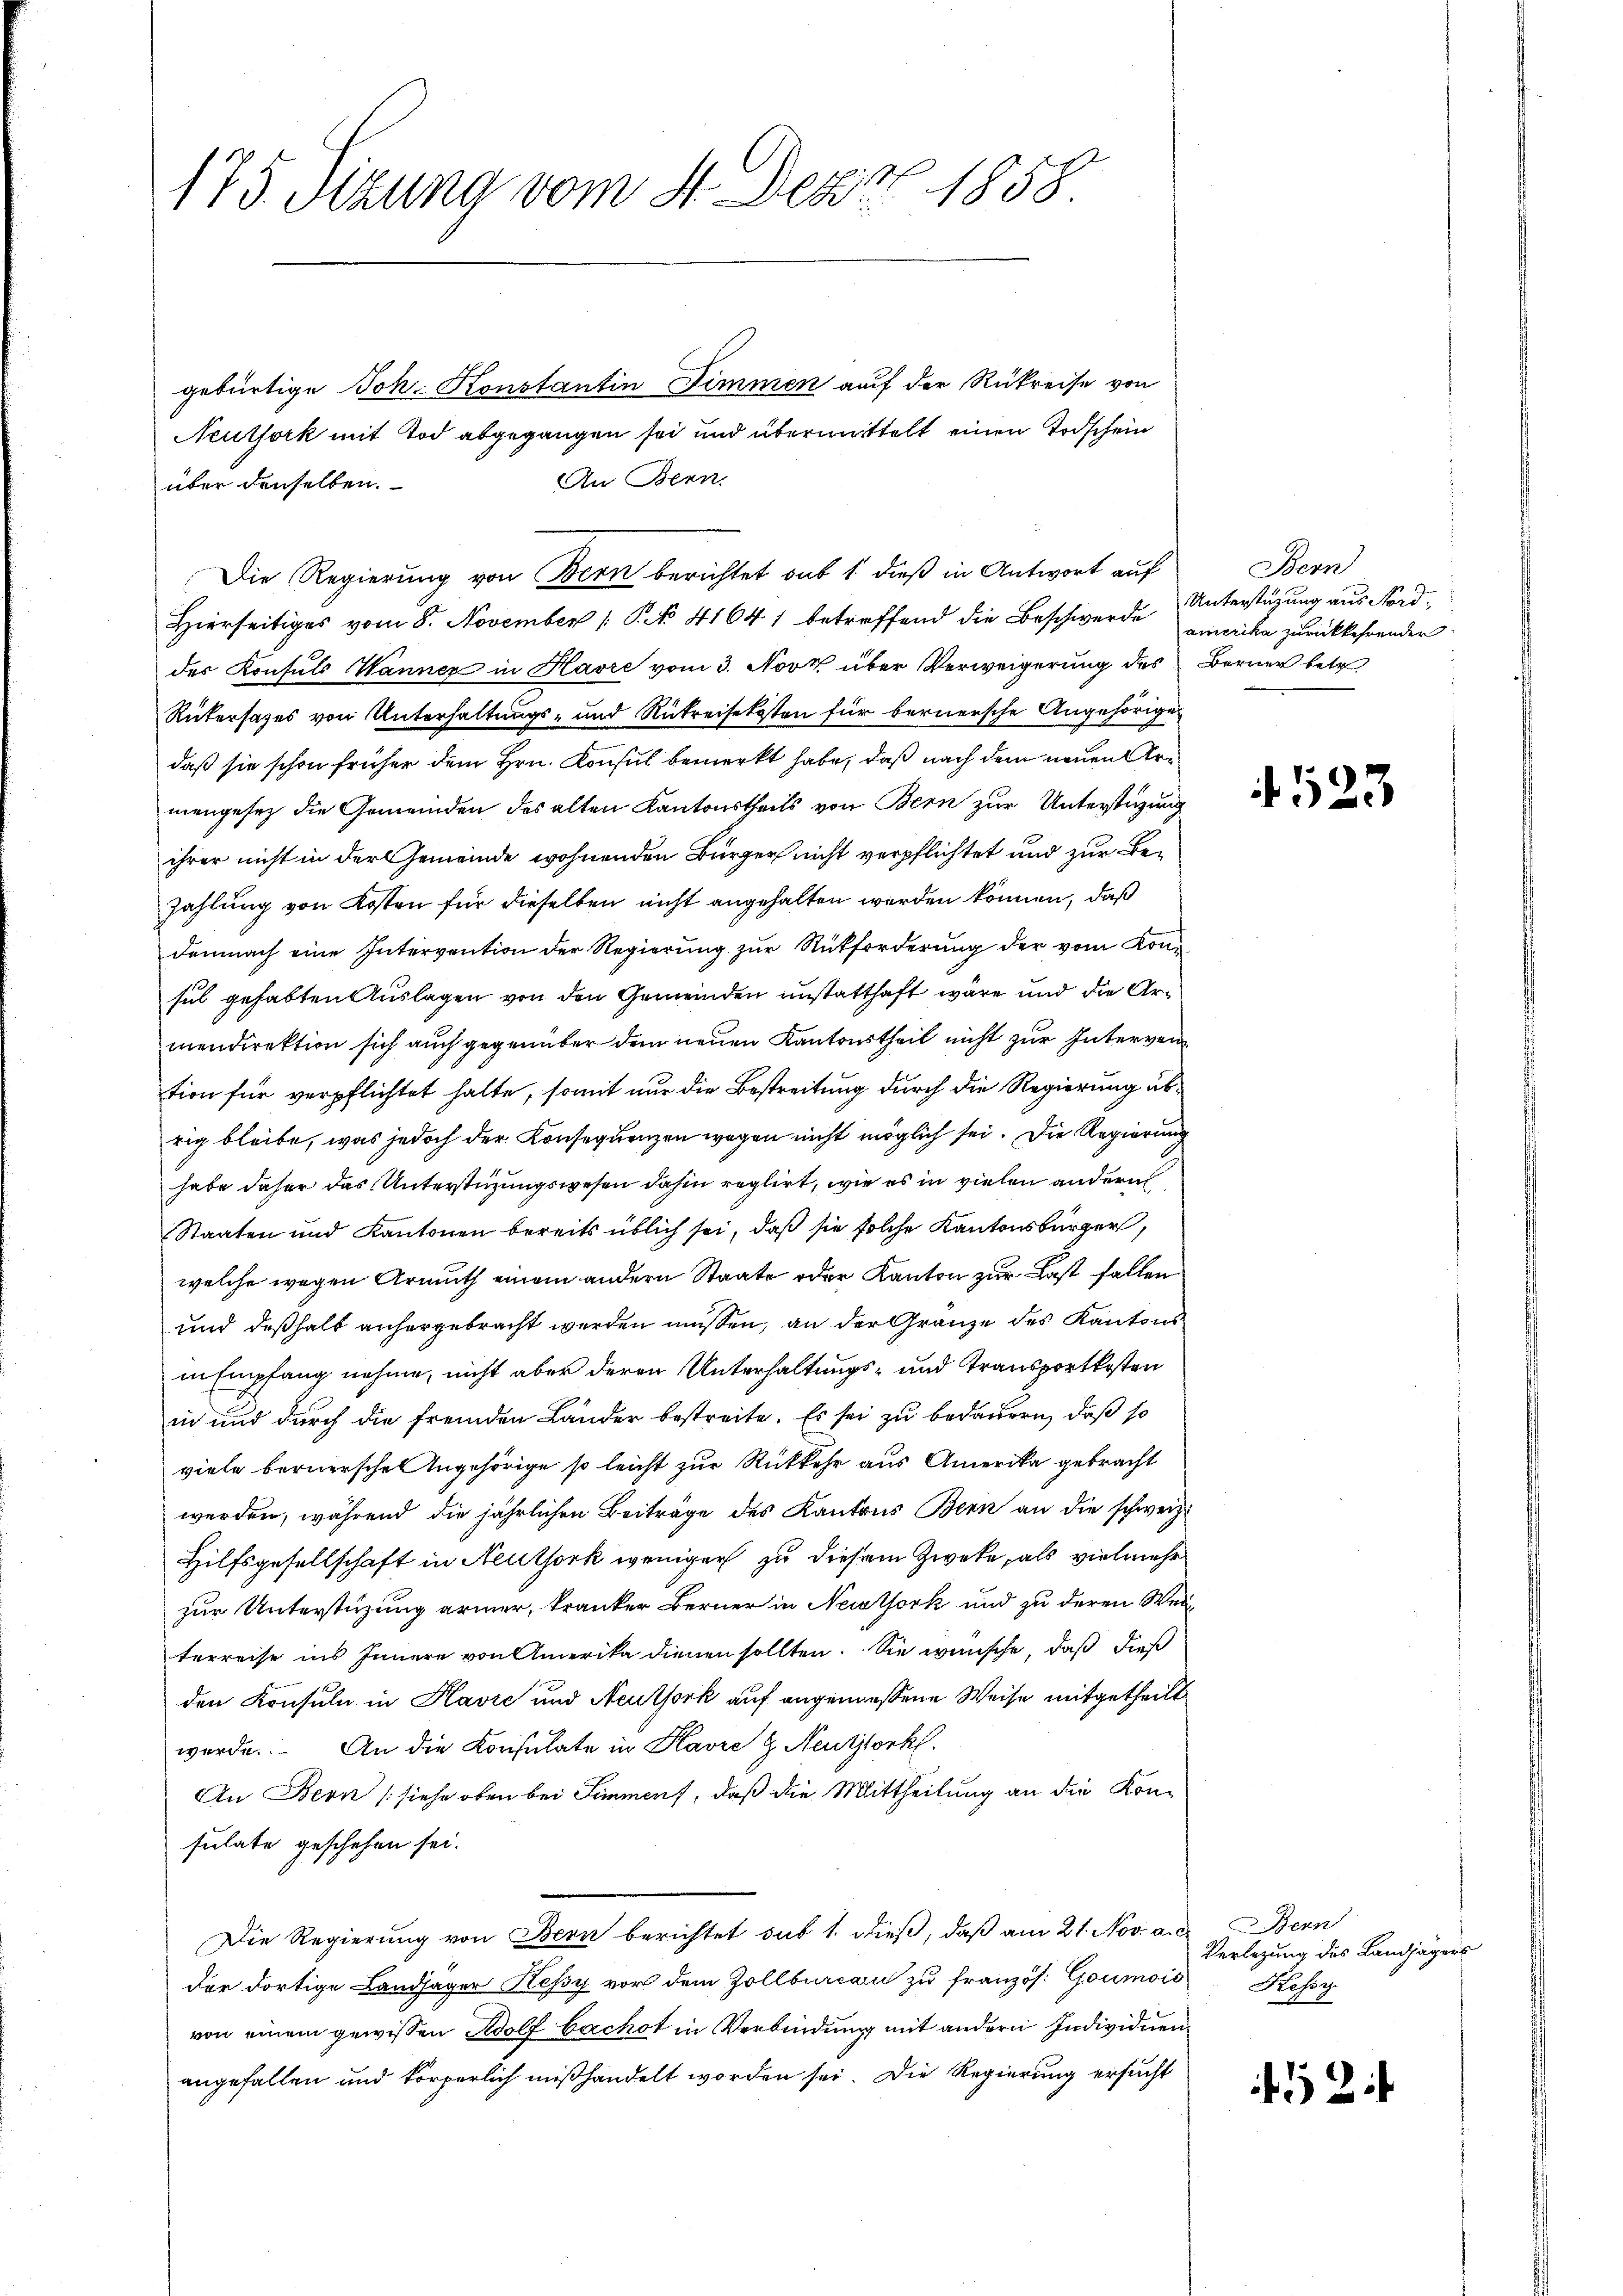
175 Sizung vom 4. Dez. 1858

gebürtige Joh. Konstantin Zimmen auf der Rükreise von
Neuthork mit Tod abgegangen sei und übermittelt einen Todschein
An Bern.
über denselben.
Hierseitiges vom 8. November 1 S. 4164) betreffend die Beschwerde amerika zurückkehrender
des Konsuls Wanner in Havre vom 3. Novk über Verweigerung des Berner betr
Rükersages von Unterhaltungs- und Rükreisekosten für bernersche Angehörigen
daß sie schon früher dem Hrn. Konsul bemerkt habe, daß nach dem neuen Armengesez die Gemeinden des alten Kantonstheils von Bern zur Unterstigung
ihrer nicht in der Gemeinde wohnenden Bürger nicht verpflichtet und zur Bezahlung von Kosten für dieselben nicht angehalten werden können, daß
demnach eine Intervention der Regierŭng zŭr Rückforderŭng der vom Konsul gehabten Auslagen von den Gemeinden unstatthaft wäre und die Armendirektion sich auch gegenüber dem neuen Kantonstheil nicht zur Intervertion für verpflichtet hatte, somit nur die Bestreitung durch die Regierung übrig bleibe, was jedoch der Konsequenzen wegen nicht möglich sei. Die Regierung
habe daher das Unterstüzungswesen dahin reglirt, wie es in vielen andern
Staaten und Kantonen bereits üblich sei, daß sie solche Kantonsbürger,
welche wegen Armuth einem andern Staate oder Kanton zur Last fallen
und deßhalb anhergebracht werden müssen, an der Gränze des Kantons
in Empfang nehme, nicht aber deren Unterhaltungs- und Transportkosten
in und durch die fremden Länder bestreite. Es sei zu bedauern, daß so
viele bernerschen Angehörige so leicht zur Rückkehr aus Amerika gebracht
werden, während die jährlichen Beiträge des Kantons Bern an die schweiz.
Hilfsgesellschaft in Neuthork weniger zu diesem Zweke, als vielmehr
zur Unterstüzung ärmer, kranker Berner in Neuthork und zu deren Wei
terreise ins Innere von Amerika dienen sollten. Sie wünsche, daß dieß
den Konsuln in Havre und Neuthork auf angemessene Weise mitgetheilt
werde. An die Konsulate in Kavre & Neutztork.
An Bern (siehe oben bei Simmen, daß die Mittheilung an die Konsulate geschehen sei.
Die Regierung von Bern berichtet sub 1. dieβ, daß am 21. Nov. a. Bern
der dortige Landjäger Kessy vor dem Zollbureau zu französ. Goumois
von einem gewissen Adolf bachst in Verbindung mit andern Individuenangefallen und körperlich mißhandelt worden sei. Die Regierung ersucht

Die Regierung von Bern berichtet sub 1 dieß in Antwort auf

Bern
Unterstützung aus Nord¬

4523

Verlegung des Landjägers
Kesse

2